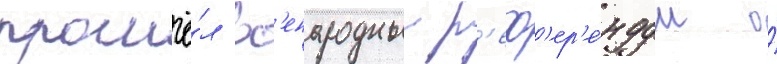
прошё́л вс'енародныи р'еф'ер'е́ндум о́